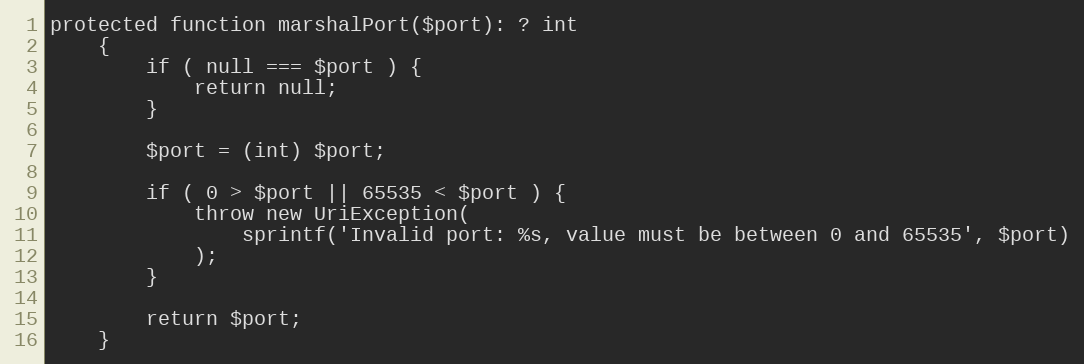
Language: PHP
protected function marshalPort($port): ? int
    {
        if ( null === $port ) {
            return null;
        }

        $port = (int) $port;

        if ( 0 > $port || 65535 < $port ) {
            throw new UriException(
                sprintf('Invalid port: %s, value must be between 0 and 65535', $port)
            );
        }

        return $port;
    }